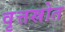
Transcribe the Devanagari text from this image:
वृत्तस्रोत